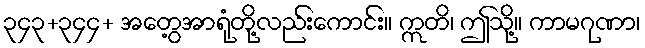
၃၄၃+၃၄၄+ အတွေ့အာရုံတို့လည်းကောင်း။ ဣတိ၊ ဤသို့။ ကာမဂုဏာ၊